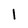
Character: 1